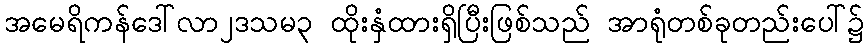
အမေရိကန်ဒေါ်လာ၂ဒသမ၃ ထိုးနှံထားရှိပြီးဖြစ်သည် အာရုံတစ်ခုတည်းပေါ်၌